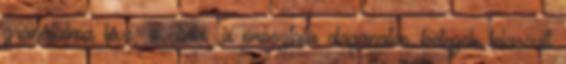
gránátalma leve, a diéta, a prosztata daganatos betegek lelassult